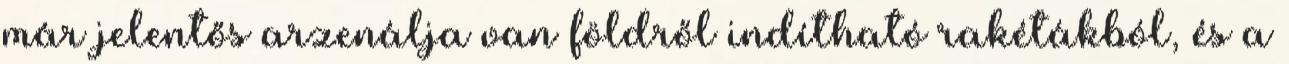
már jelentős arzenálja van földről indítható rakétákból, és a